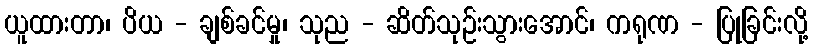
ယူထားတာ၊ ပိယ - ချစ်ခင်မှု၊ သုည - ဆိတ်သုဉ်းသွားအောင်၊ ကရုဏ - ပြုခြင်းလို့